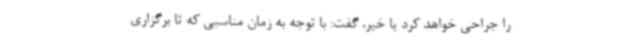
را جراحی خواهد کرد یا خیر، گفت: با توجه به زمان مناسبی که تا برگزاری